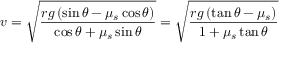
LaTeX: v = { \sqrt { \frac { r g \left( \sin \theta - \mu _ { s } \cos \theta \right) } { \cos \theta + \mu _ { s } \sin \theta } } } = { \sqrt { \frac { r g \left( \tan \theta - \mu _ { s } \right) } { 1 + \mu _ { s } \tan \theta } } }